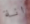
انة